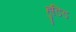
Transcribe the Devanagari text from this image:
हुडिड